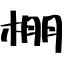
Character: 棚